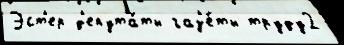
Эст'ер д'епута́ты газ'е́ты труду2